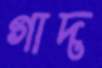
গাদ